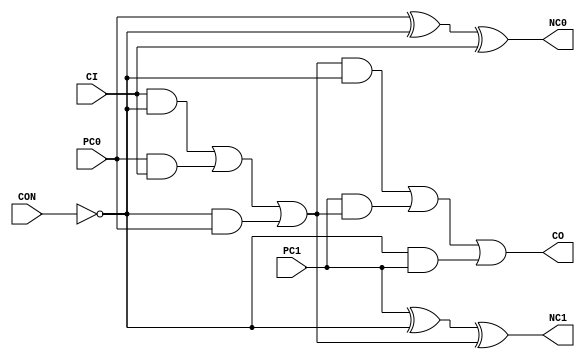
// --------------------------------------------------------------------
// >>>>>>>>>>>>>>>>>>>>>>>>> COPYRIGHT NOTICE <<<<<<<<<<<<<<<<<<<<<<<<<
// --------------------------------------------------------------------
// Copyright (c) 2005 by Lattice Semiconductor Corporation
// --------------------------------------------------------------------
//
//
//                     Lattice Semiconductor Corporation
//                     5555 NE Moore Court
//                     Hillsboro, OR 97214
//                     U.S.A.
//
//                     TEL: 1-800-Lattice  (USA and Canada)
//                          1-408-826-6000 (other locations)
//
//                     web: http://www.latticesemi.com/
//
// --------------------------------------------------------------------
//
// Simulation Library File for SC
//
// $Header: /home/dmsys/pvcs/RCSMigTest/rcs/verilog/pkg/versclibs/data/orca5/RCS/CB2.v,v 1.2 2005/05/19 19:06:20 pradeep Exp $ 
//
`resetall
`timescale 1 ns / 1 ps

module CB2 (CI, PC0, PC1, CON, CO, NC0, NC1);
input  CI, PC0, PC1, CON;
output CO, NC0, NC1;

and INST10 (I3, CII, CONN);
and INST11 (I4, PC0, CII);
and INST12 (I5, CONN, PC0);
or INST13 (I6, I3, I4, I5);
xor INST14 (NC0, PC0, CONN, CII);

and INST20 (I17, CONN, PC1);
and INST21 (I15, I6, CONN);
and INST22 (I16, PC1, I6);
or INST23 (CO, I15, I16, I17);
xor INST24 (NC1, PC1, CONN, I6);

not INST96 (CONN, CONI);
buf (CII, CI);
buf (CONI, CON);

endmodule